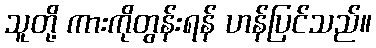
သူတို့ ကားကိုတွန်းရန် ဟန်ပြင်သည်။